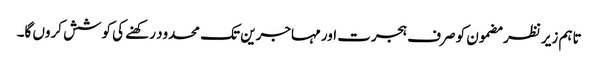
تاہم زیر نظر مضمون کو صرف ہجرت اور مہاجرین تک محدود رکھنے کی کوشش کروں گا۔